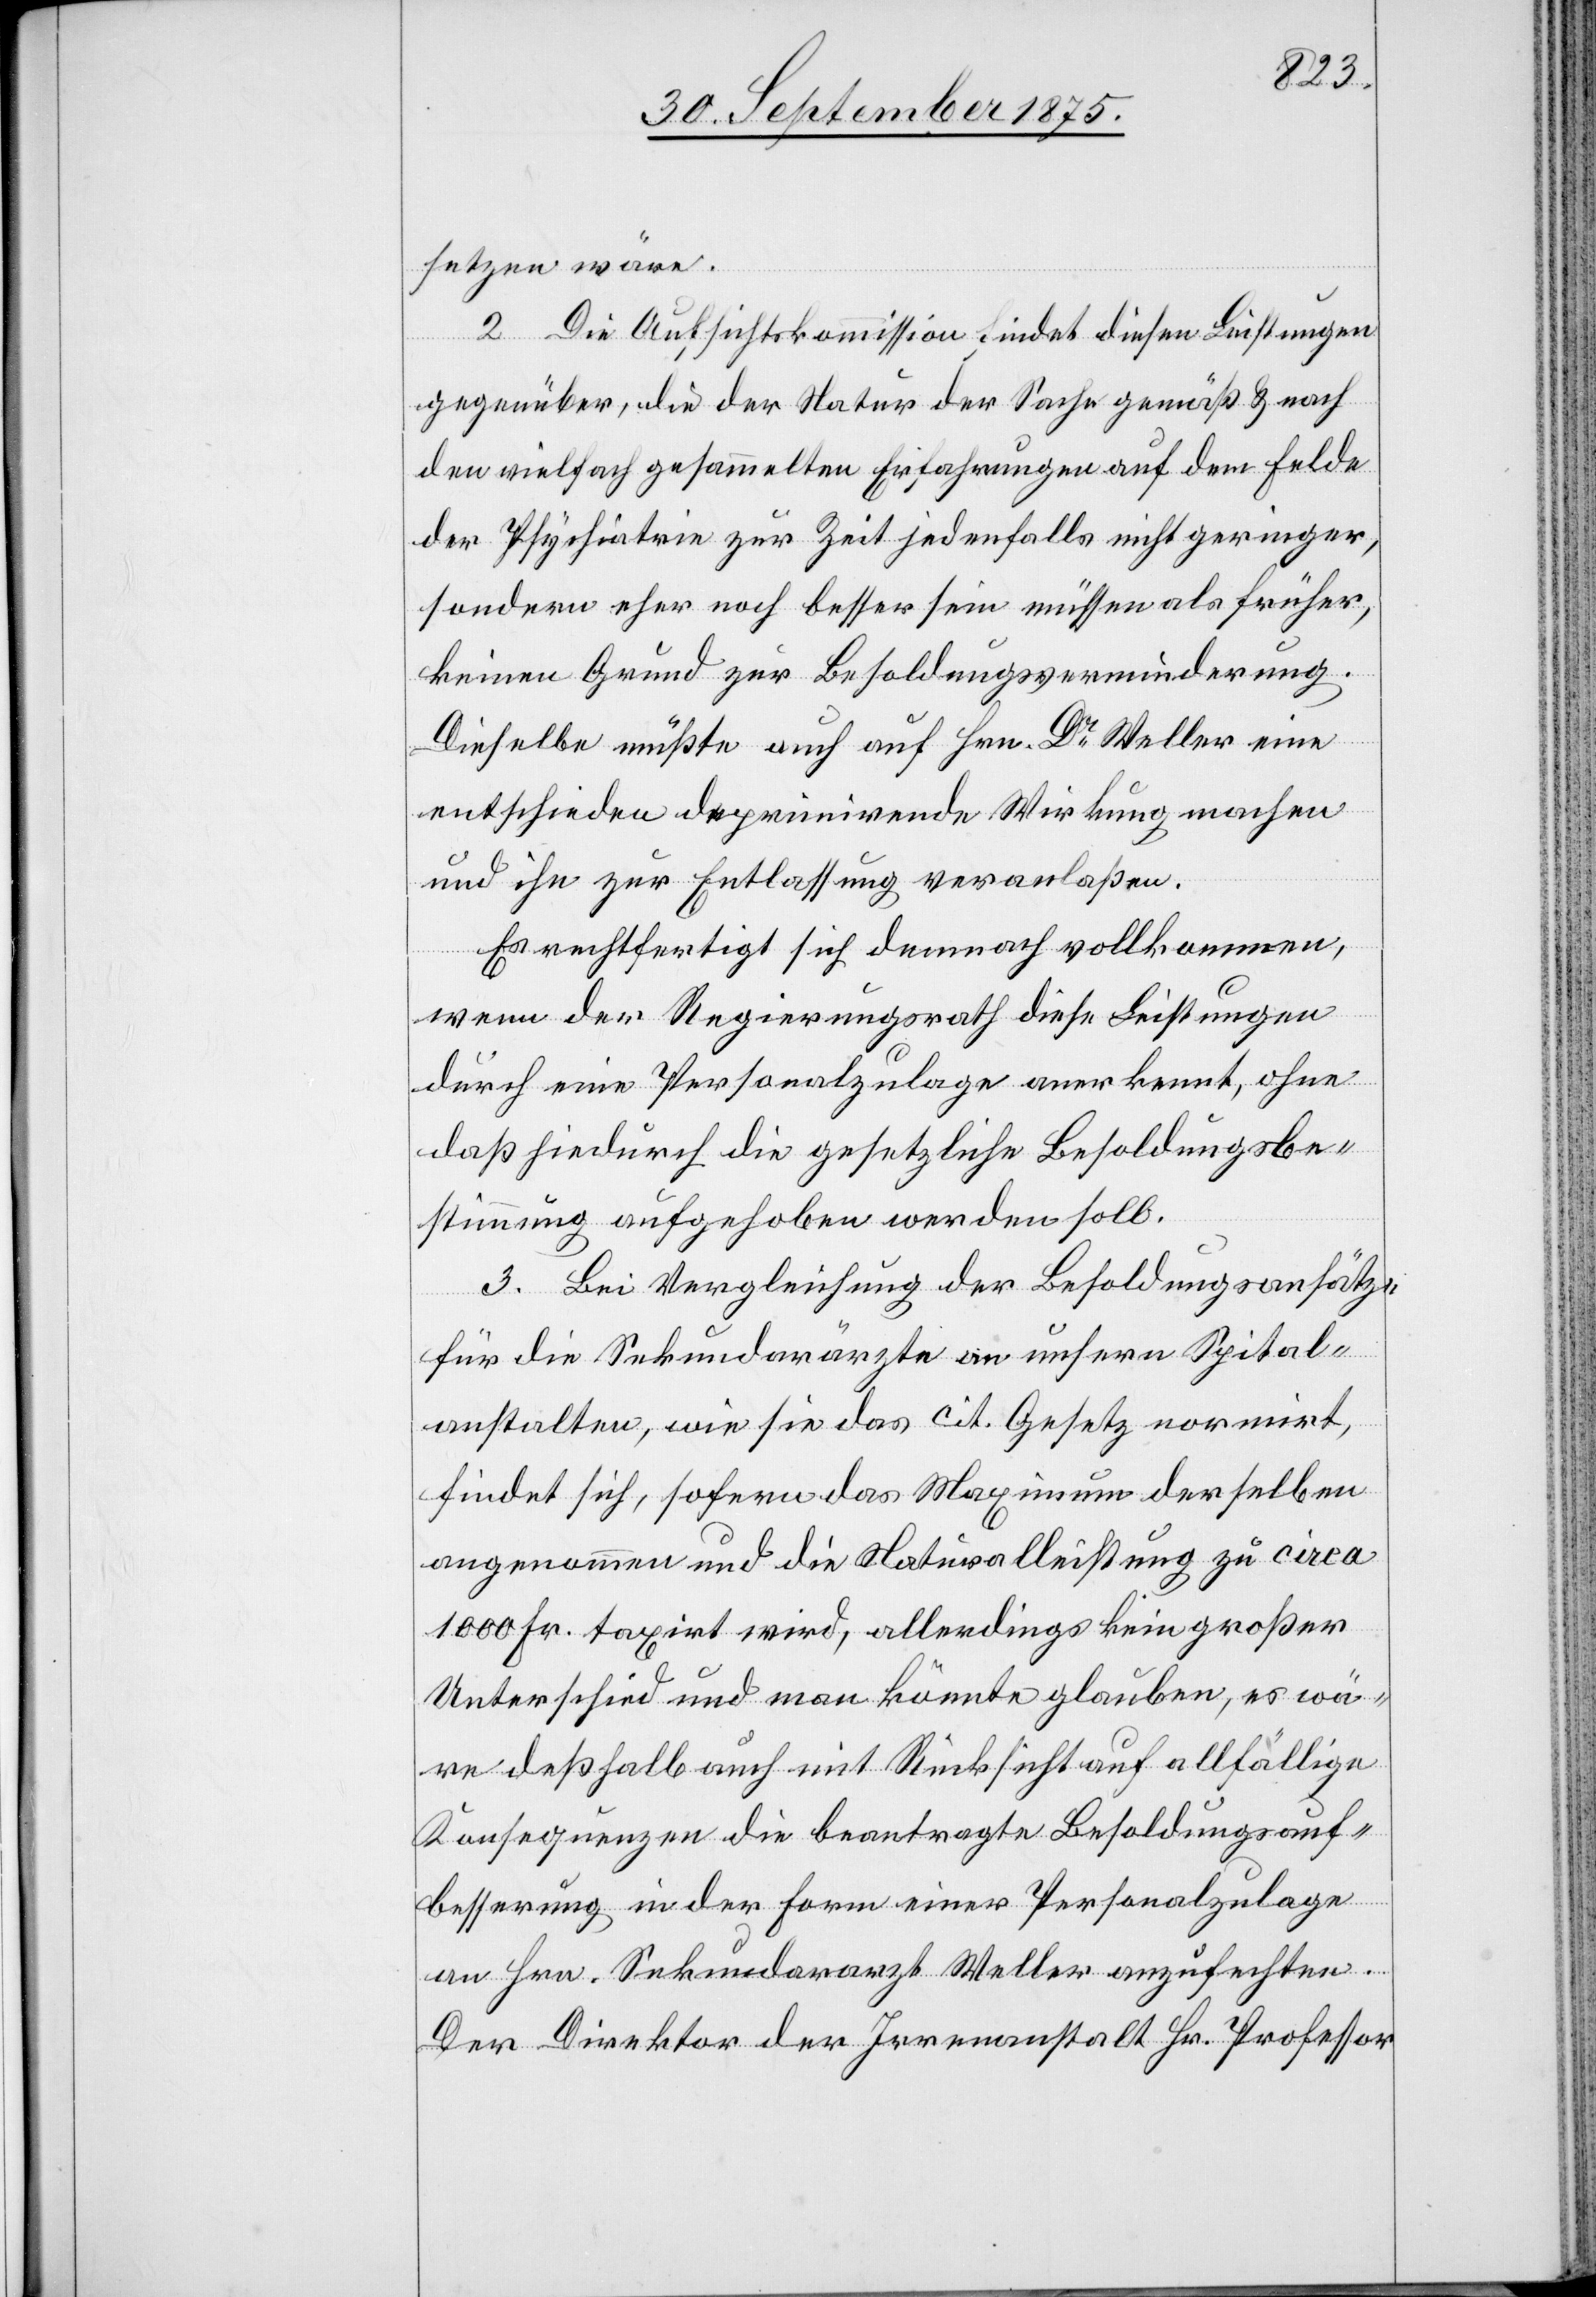
setzen wäre.
2. Die Aufsichtskommission findet diesen Leistungen
gegenüber, die der Natur der Sache gemäß & nach
den vielfach gesammelten Erfahrungen auf dem Felde
der Psychiatrie zur Zeit jedenfalls nicht geringer,
sondern eher noch besser sein müssen als früher,
keinen Grund zur Besoldungsverminderung.
Dieselbe müßte auch auf Hrn. Dr Weller eine
entschieden deprimirende Wirkung machen
und ihn zur Entlassung veranlaßen.
Es rechtfertigt sich demnach vollkommen,
wenn der Regierungsrath diese Leistungen
durch eine Personalzulage anerkennt, ohne
daß hiedurch die gesetzliche Besoldungsbe¬
stimmung aufgehoben werden soll.
3. Bei Vergleichung der Besoldungsansätze
für die Sekundarärzte an unsern Spital¬
anstalten, wie sie das cit. Gesetz normirt,
findet sich, sofern das Maximum derselben
angenommen und die Naturalleistung zu circa
1000 Fr. taxirt wird, allerdings kein großer
Unterschied und man könnte glauben, es wä¬
re deßhalb auch mit Rücksicht auf allfällige
Konsequenzen die beantragte Besoldungsauf¬
besserung in der Form einer Personalzulage
an Hrn. Sekundararzt Weller anzufechten.
Der Direktor der Irrenanstalt Hr. Professor